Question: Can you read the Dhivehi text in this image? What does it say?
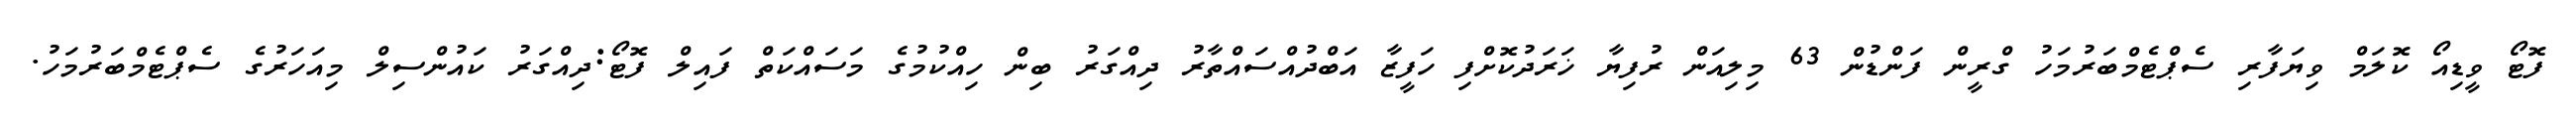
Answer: ފޮޓޯ ވީޑިއޯ ކޮލަމް ވިޔަފާރި ސެޕްޓެމްބަރުމަހު ގްރީން ފަންޑުން 63 މިލިއަން ރުފިޔާ ޚަރަދުކޮށްފި ހަފީޒާ އަބްދުއްސައްތާރު ދިއްގަރު ބިން ހިއްކުމުގެ މަސައްކަތް ފައިލް ފޮޓޯ:ދިއްގަރު ކައުންސިލް މިއަހަރުގެ ސެޕްޓެމްބަރުމަހު.